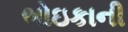
ભોઇકાની